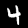
Label: 4